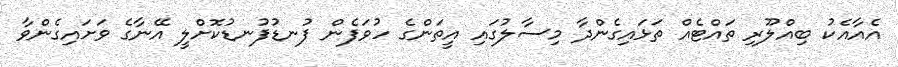
އެއާއެކު ބިއްލޫރި ތައްޓެއް ތަޅައިގެންދާ މިސާލުގައި އީތަންގެ ހުވަފެން ފުނޑުފުނޑުކޮށްލީ އޭނާގެ ވަށައިގެންވާ